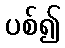
ပစ်၍